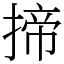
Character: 揥